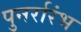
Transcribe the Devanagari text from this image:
पुनर्रारंभ